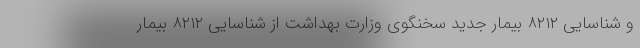
و شناسایی ۸۲۱۲ بیمار جدید سخنگوی وزارت بهداشت از شناسایی ۸۲۱۲ بیمار